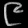
Digit: ၉